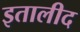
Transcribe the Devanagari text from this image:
इतालीद